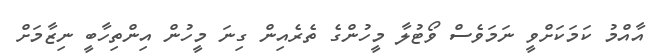
އާއްމު ކަމަކަށްވީ ނަމަވެސް ވޯޓުލާ މީހުންގެ ތެރެއިން ގިނަ މީހުން އިންތިހާބީ ނިޒާމަށް